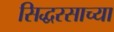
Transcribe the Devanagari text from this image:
सिद्धरसाच्या